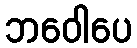
ဘဝေါပေ